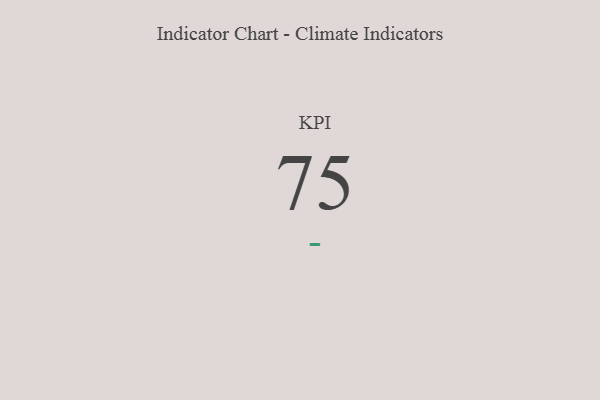
{"axis": {"x": "KPI", "y": "Value"}, "legend": [""], "data": [{"x": "KPI", "y": 75, "type": ""}]}